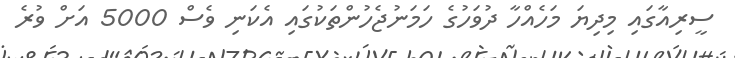
ސީރިއާގައި މިދިޔަ މަހެއްހާ ދުވަހުގެ ހަމަނުޖެހުންތަކުގައި އެކަނި ވެސް 5000 އަށް ވުރެ